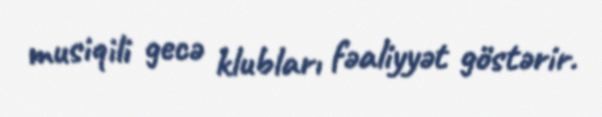
musiqili gecə klubları fəaliyyət göstərir.